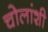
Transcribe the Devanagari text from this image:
चोलांशी